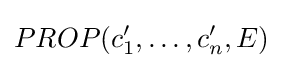
PROP(c_{1}',\ldots ,c_{n}',E)